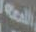
العجعة